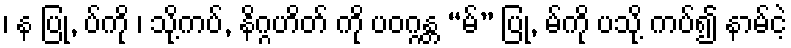
၊ န ပြု, ပ်ကို ၊ သို့ကပ်, နိဂ္ဂဟိတ် ကို ပဝဂ္ဂန္တ “မ်” ပြု, မ်ကို ပသို့ ကပ်၍ နာမ်ငဲ့